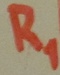
Text: R1